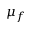
\mu _ { f }